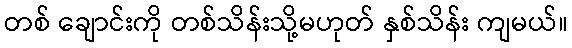
တစ် ချောင်းကို တစ်သိန်းသို့မဟုတ် နှစ်သိန်း ကျမယ်။